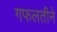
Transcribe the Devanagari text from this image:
गफलतीने